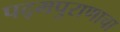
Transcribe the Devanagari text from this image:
पद्‌मपुराणाचा